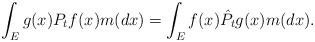
LaTeX: \begin{align*}\int_{E}g(x)P_tf(x)m(dx)=\int_{E} f(x)\hat{P}_tg(x)m(dx).\end{align*}